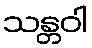
သန္တဝါ